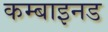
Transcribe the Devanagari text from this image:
कम्बाइनड